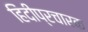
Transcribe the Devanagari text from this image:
हिंदीप्रचारक